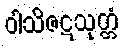
ဝါသိဇဋသုတ္တံ